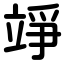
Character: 竫